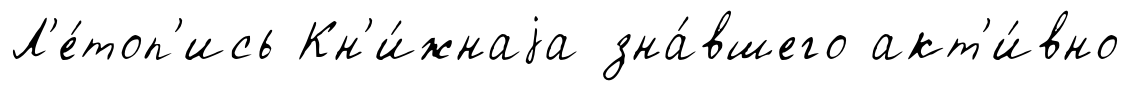
Л'е́топ'ись Кн'и́жнаjа зна́вшего акт'и́вно